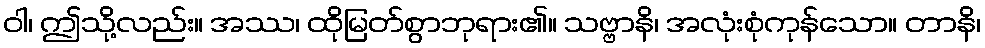
ဝါ၊ ဤသို့လည်း။ အဿ၊ ထိုမြတ်စွာဘုရား၏။ သဗ္ဗာနိ၊ အလုံးစုံကုန်သော။ တာနိ၊